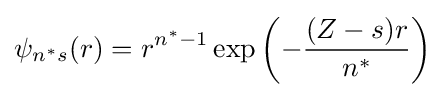
\psi _{n^{*}s}(r)=r^{n^{*}-1}\exp \left(-{\frac {(Z-s)r}{n^{*}}}\right)